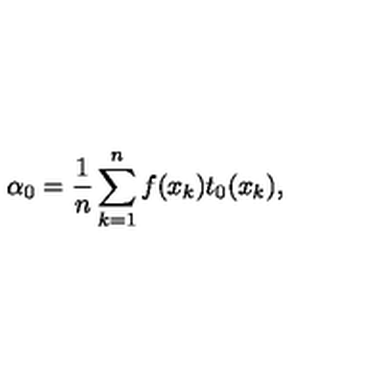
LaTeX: \alpha _ { 0 } = \frac { 1 } { n } \sum _ { k = 1 } ^ { n } f ( x _ { k } ) t _ { 0 } ( x _ { k } ) ,